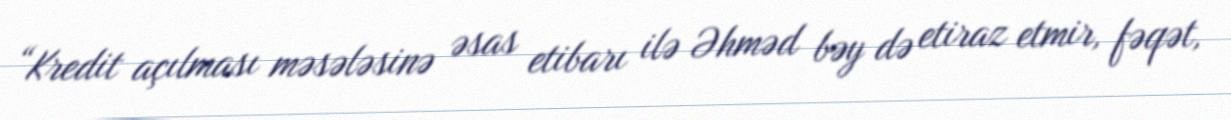
“Kredit açılması məsələsinə əsas etibarı ilə Əhməd bəy də etiraz etmir, fəqət,